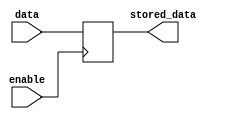
module data_enable_latch(
  input wire data,
  input wire enable,
  output reg stored_data
);

always @(posedge enable)
begin
  if(enable)
    stored_data <= data;
end

endmodule